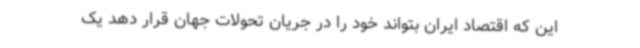
این که اقتصاد ایران بتواند خود را در جریان تحولات جهان قرار دهد یک